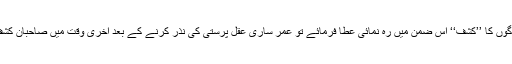
’’پیر سپاہی‘‘جیسے لوگوں کا ’’کشف‘‘ اس ضمن میں رہ نمائی عطا فرمائے تو عمر ساری عقل پرستی کی نذر کرنے کے بعد آخری وقت میں صاحبان کشف کا معتقدہوجائوں گا۔